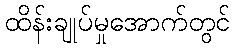
ထိန်းချုပ်မှုအောက်တွင်